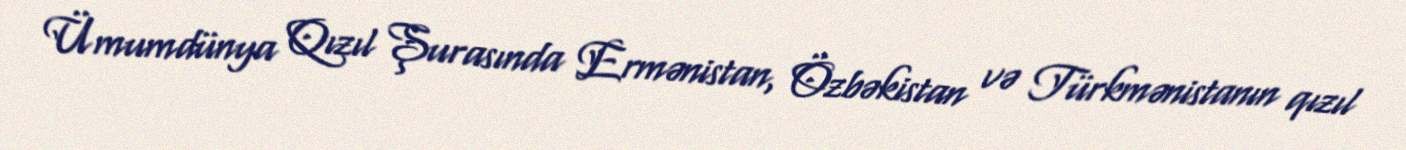
Ümumdünya Qızıl Şurasında Ermənistan, Özbəkistan və Türkmənistanın qızıl